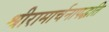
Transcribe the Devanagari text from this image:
श्रीरामार्चनापद्धति